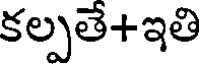
కల్పతే+ఇతి